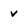
Character: v